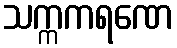
သက္ကကရဏေ